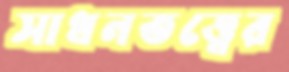
সাধনতত্ত্বের